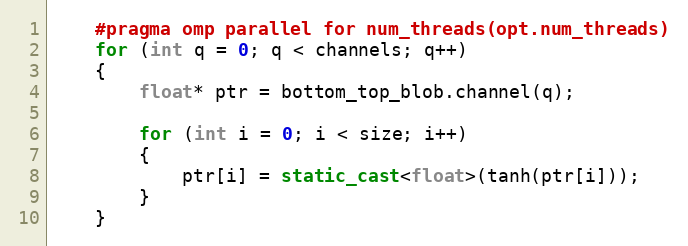
Language: C++
    #pragma omp parallel for num_threads(opt.num_threads)
    for (int q = 0; q < channels; q++)
    {
        float* ptr = bottom_top_blob.channel(q);

        for (int i = 0; i < size; i++)
        {
            ptr[i] = static_cast<float>(tanh(ptr[i]));
        }
    }